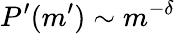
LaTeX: P^{\prime}(m^{\prime})\sim m^{-\delta}